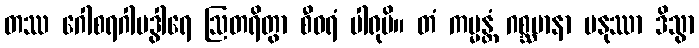
တဿ ဂေါစရဂါမဒွါရေ ဩတရိတွာ စီဝရံ ပါရုပိ။ တံ ကမ္မန္တံ ဂစ္ဆမာနာ မနုဿာ ဒိသွာ